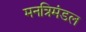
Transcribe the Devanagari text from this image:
मनत्रिमंडल